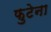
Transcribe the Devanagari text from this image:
फुटेना